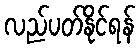
လည်ပတ်နိုင်ရန်